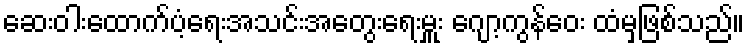
ဆေးဝါးထောက်ပံ့ရေးအသင်းအတွေးရေးမှူး ဂျော့ကွန်ဝေး ထံမှဖြစ်သည်။